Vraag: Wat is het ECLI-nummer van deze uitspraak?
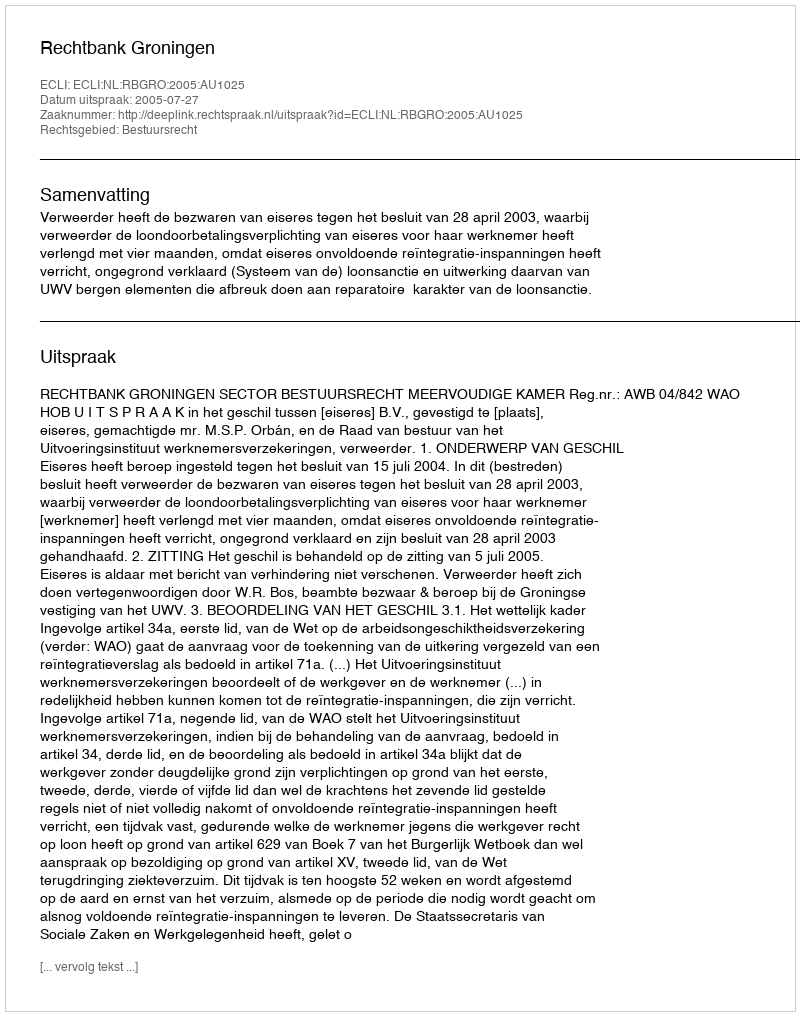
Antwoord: ECLI:NL:RBGRO:2005:AU1025